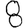
Digit: 8